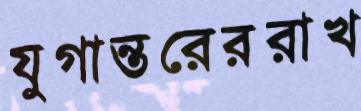
যুগান্তরেররাখ